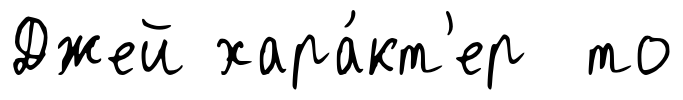
Джей хара́кт'ер то